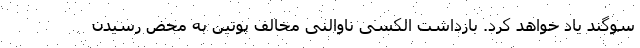
سوگند یاد خواهد کرد. بازداشت الکسی ناوالنی مخالف پوتین به محض رسیدن